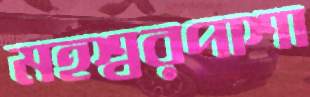
মহশ্বরপাশা